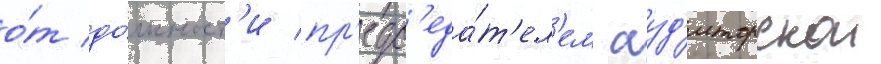
о́т до́лжност'и пр'едс'еда́т'ел'ем ауд'иторскои